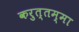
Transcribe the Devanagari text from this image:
करुत्तम्मा